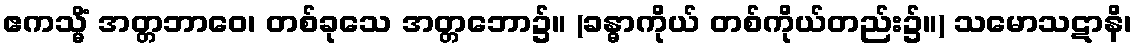
ဧကသ္မိံ အတ္တဘာဝေ၊ တစ်ခုသေ အတ္တဘော၌။ (ခန္ဓာကိုယ် တစ်ကိုယ်တည်း၌။) သမောသဋာနိ၊